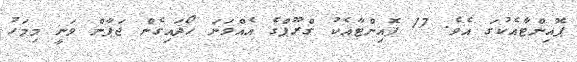
ޕޮއިންޓާއެކުގަ އެވެ. 17 ޕޮއިންޓާއެކު ގްރޫޕްގެ އެއްވަނަ ހޯދައިގެން ޖަޕާން ވަނީ މިމަހު